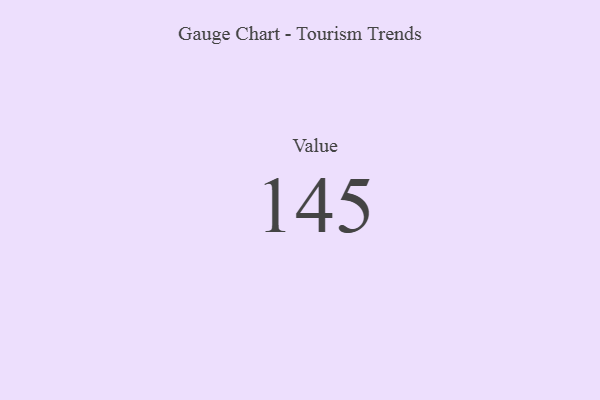
{"axis": {"x": "Metric", "y": "Value"}, "legend": [""], "data": [{"x": "Value", "y": 145, "type": ""}]}